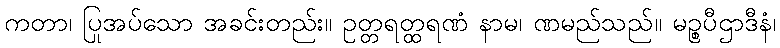
ကတာ၊ ပြုအပ်သော အခင်းတည်း။ ဥတ္တရတ္ထရဏံ နာမ၊ ဏမည်သည်။ မဉ္စပီဌာဒီနံ၊